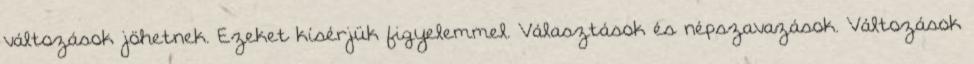
változások jöhetnek. Ezeket kísérjük figyelemmel. Választások és népszavazások. Változások